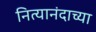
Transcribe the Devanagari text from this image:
नित्यानंदाच्या